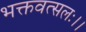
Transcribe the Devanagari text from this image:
भक्तवत्सलः।।